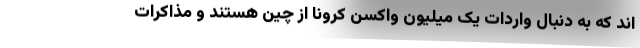
اند که به دنبال واردات یک میلیون واکسن کرونا از چین هستند و مذاکرات